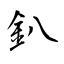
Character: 釟